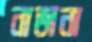
নাভানা